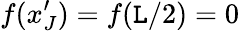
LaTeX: f(x_{J}^{\prime})=f(\mathtt{L}/2)=0